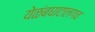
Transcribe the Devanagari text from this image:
येळंबघाटालगच